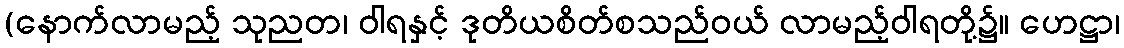
(နောက်လာမည့် သုညတ၊ ဝါရနှင့် ဒုတိယစိတ်စသည်ဝယ် လာမည့်ဝါရတို့၌။ ဟေဋ္ဌာ၊